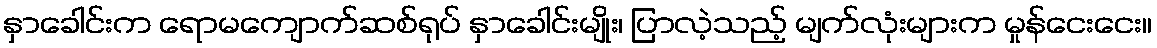
နှာခေါင်းက ရောမကျောက်ဆစ်ရုပ် နှာခေါင်းမျိုး၊ ပြာလဲ့သည့် မျက်လုံးများက မှုန်ငေးငေး။